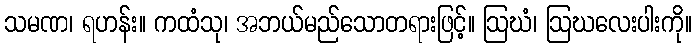
သမဏ၊ ရဟန်း။ ကထံသု၊ အဘယ်မည်သောတရားဖြင့်။ ဩဃံ၊ ဩဃလေးပါးကို။